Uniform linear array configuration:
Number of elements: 4
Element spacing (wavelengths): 1
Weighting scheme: hamming
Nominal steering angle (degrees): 45
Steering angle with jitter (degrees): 45.678
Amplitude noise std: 0.05
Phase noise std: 0.05

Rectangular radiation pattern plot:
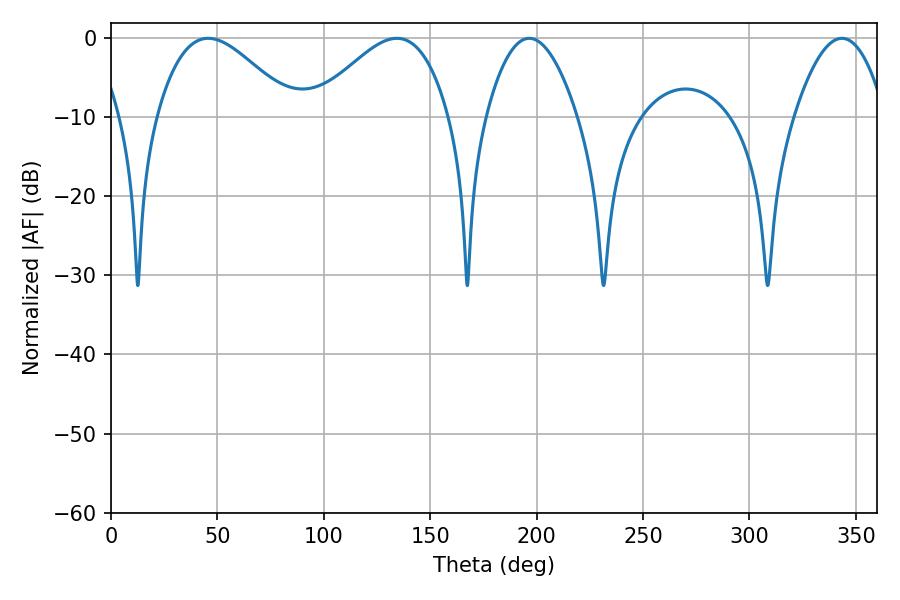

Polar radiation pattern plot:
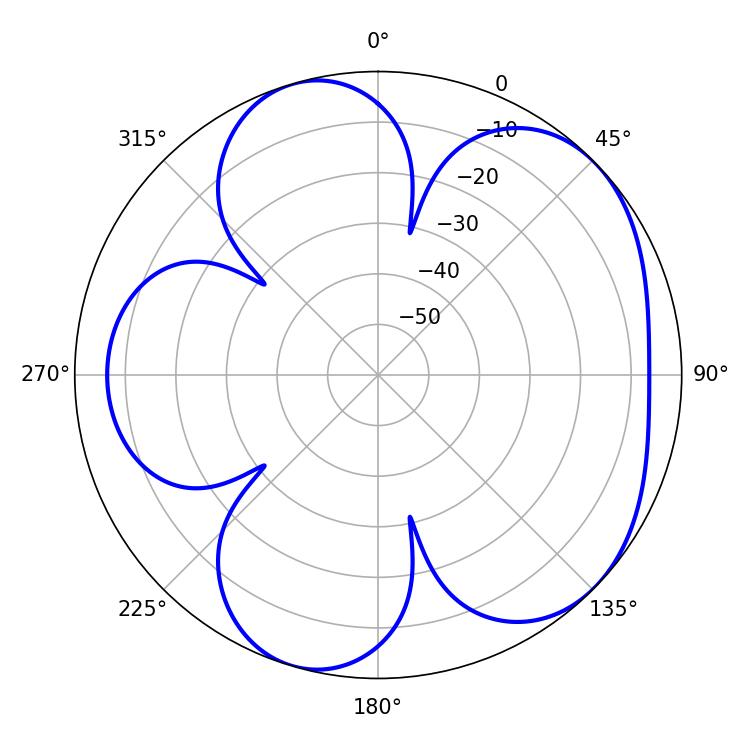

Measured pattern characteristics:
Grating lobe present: TRUE
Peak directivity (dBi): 5.195
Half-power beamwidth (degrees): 23.58
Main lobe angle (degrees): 196.56